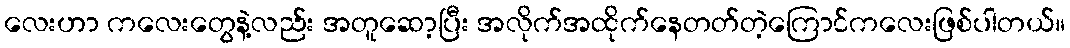
လေးဟာ ကလေးတွေနဲ့လည်း အတူဆော့ပြီး အလိုက်အထိုက်နေတတ်တဲ့ကြောင်ကလေးဖြစ်ပါတယ်။